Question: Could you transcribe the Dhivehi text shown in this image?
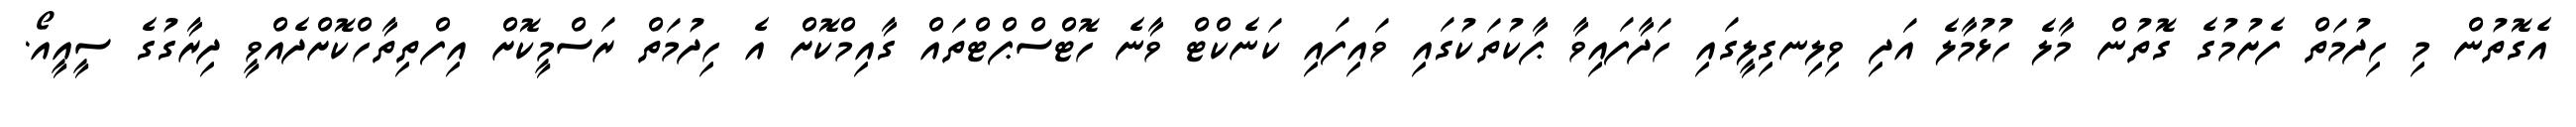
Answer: އެގޮތުން މި ހިދުމަތް ފެށުމުގެ ގޮތުން މާލެ ހުޅުމާލެ އަދި ވިލިނގިލީގައި ހަދާފައިވާ ޕާކުތަކުގައި ވައިފައި ކަނެކްޓް ވާނެ ހޮޓްސްޕްޓްތައް ގާއިމްކޮށް އެ ހިދުމަތް ރަސްމީކޮށް އިފްތިތާހްކޮށްދެއްވީ ދިރާގުގެ ސީއީއޯ.